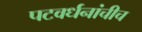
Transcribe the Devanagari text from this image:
पटवर्धनांचीच